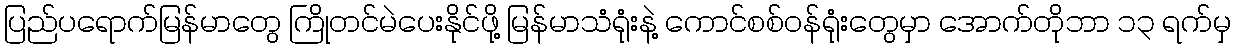
ပြည်ပရောက်မြန်မာတွေ ကြိုတင်မဲပေးနိုင်ဖို့ မြန်မာသံရုံးနဲ့ ကောင်စစ်ဝန်ရုံးတွေမှာ အောက်တိုဘာ ၁၃ ရက်မှ